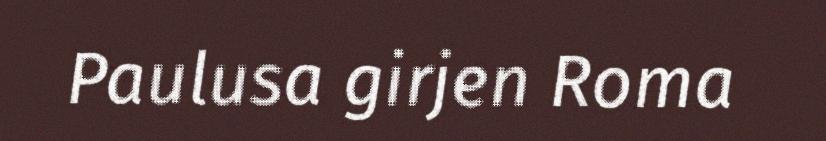
Paulusa girjen Roma